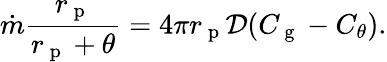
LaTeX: \dot{m}\frac{r_{\mathrm{~p~}}}{r_{\mathrm{~p~}}+\theta}=4\pi r_{\mathrm{~p~}}\mathcal{D}(C_{\mathrm{~g~}}-C_{\theta}).